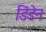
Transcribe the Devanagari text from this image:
डिंडेन